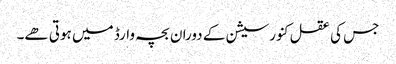
جس کی عقل کنورسیشن کے دوران بچہ وارڈ میں ہوتی ھے۔